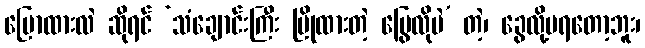
ပြောထားလဲ ဆိုရင် ‘သံချောင်းကြီး မြိုထားတဲ့ မြွေလိုပဲ’ တဲ့၊ ခွေလို့မရတော့ဘူး၊